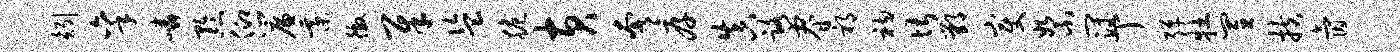
矧秉嶙黔仰帘綦徼犀盗脆黄奢厚真路睿祁衲堪鄂变絮冠丁弹牡置扶氤